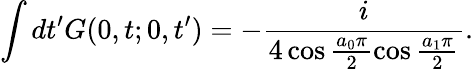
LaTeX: \int dt^{\prime}G(0,t;0,t^{\prime})=-\frac{i}{4\cos\frac{a_{0}\pi}{2}\cos\frac{a_{1}\pi}{2}}.